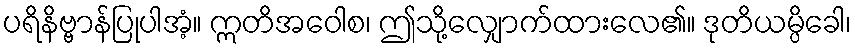
ပရိနိဗ္ဗာန်ပြုပါအံ့။ ဣတိအဝေါစ၊ ဤသို့လျှောက်ထားလေ၏။ ဒုတိယမ္ပိခေါ၊